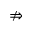
\nRightarrow